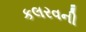
કલરવની